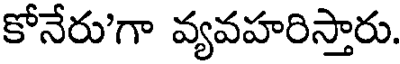
కోనేరు'గా వ్యవహరిస్తారు.